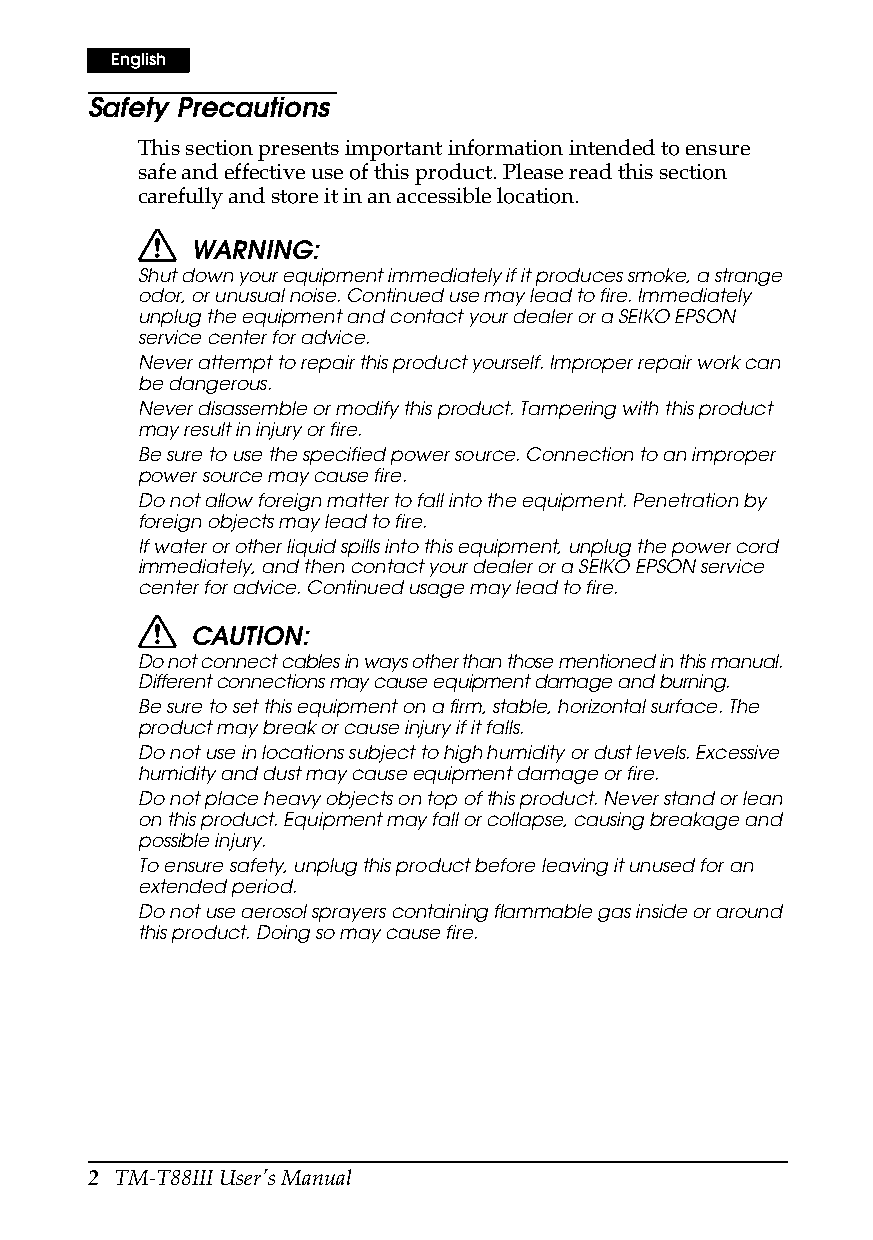
English
 Safety Precautions
 This section presents important information intended to ensure
 safe and effective use of this product. Please read this section
 carefully and store it in an accessible location.
 WARNING:
 Shut down your equipment immediately if it produces smoke, a strange
 odor, or unusual noise. Continued use may lead to fire. Immediately
 unplug the equipment and contact your dealer or a SEIKO EPSON
 service center for advice.
 Never attempt to repair this product yourself. Improper repair work can
 be dangerous.
 Never disassemble or modify this product. Tampering with this product
 may result in injury or fire.
 Be sure to use the specified power source. Connection to an improper
 power source may cause fire.
 Do not allow foreign matter to fall into the equipment. Penetration by
 foreign objects may lead to fire.
 If water or other liquid spills into this equipment, unplug the power cord
 immediately, and then contact your dealer or a SEIKO EPSON service
 center for advice. Continued usage may lead to fire.
 CAUTION:
 Do not connect cables in ways other than those mentioned in this manual.
 Different connections may cause equipment damage and burning.
 Be sure to set this equipment on a firm, stable, horizontal surface. The
 product may break or cause injury if it falls.
 Do not use in locations subject to high humidity or dust levels. Excessive
 humidity and dust may cause equipment damage or fire.
 Do not place heavy objects on top of this product. Never stand or lean
 on this product. Equipment may fall or collapse, causing breakage and
 possible injury.
 To ensure safety, unplug this product before leaving it unused for an
 extended period.
 Do not use aerosol sprayers containing flammable gas inside or around
 this product. Doing so may cause fire.
 2 TM-T88III User’s Manual